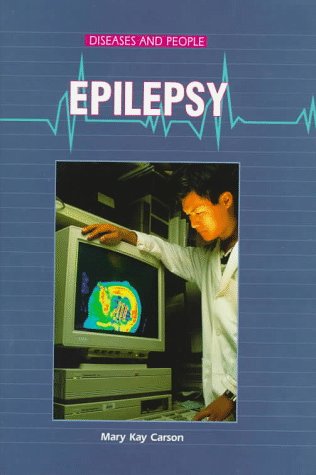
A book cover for Epilepsy (Diseases and People); Mary Kay Carson; Health, Fitness & Dieting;